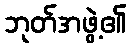
ဘုတ်အဖွဲ့၏